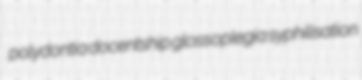
polydontia docentship glossoplegia syphilisation